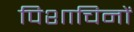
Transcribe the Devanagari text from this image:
पिशाचिनों